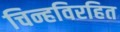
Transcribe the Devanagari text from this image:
चिन्हविरहित